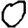
Digit: 0